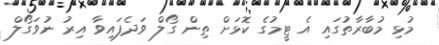
މުޅި މުބާރާތުގައި އެ ޓީމުގެ ކޮޅަށް ތިން ގޯލް ވަދެފައިވާ އިރު ނުވަގޯލް